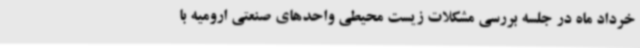
خرداد ماه در جلسه بررسی مشکلات زیست محیطی واحدهای صنعتی ارومیه با